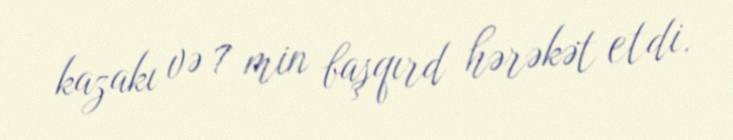
kazakı və 7 min başqırd hərəkət etdi.